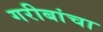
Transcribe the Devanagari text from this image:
गरीबांचा